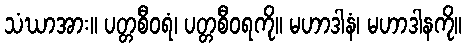
သံဃာအား။ ပတ္တစီဝရံ၊ ပတ္တစီဝရကို။ မဟာဒါနံ၊ မဟာဒါနကို။